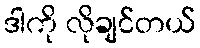
ဒါကို လိုချင်တယ်